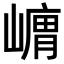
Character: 𭗞